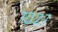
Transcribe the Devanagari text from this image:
७०२७